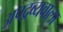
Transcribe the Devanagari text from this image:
अपद्रव्यवाला